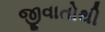
જીવાતોથી